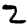
Digit: 2